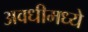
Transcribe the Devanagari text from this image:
अवधीमध्ये